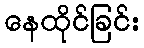
နေထိုင်ခြင်း